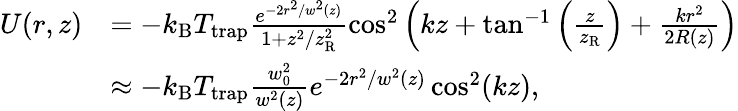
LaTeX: \begin{array}{rl}{U(r,z)}&{=-k_{\mathrm{B}}T_{\mathrm{trap}}\frac{e^{-2r^{2}/w^{2}(z)}}{1+z^{2}/z_{\mathrm{R}}^{2}}\cos^{2}\left(kz+\tan^{-1}\left(\frac{z}{z_{\mathrm{R}}}\right)+\frac{kr^{2}}{2R(z)}\right)}\\ &{\approx-k_{\mathrm{B}}T_{\mathrm{trap}}\frac{w_{0}^{2}}{w^{2}(z)}e^{-2r^{2}/w^{2}(z)}\cos^{2}(kz),}\end{array}